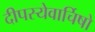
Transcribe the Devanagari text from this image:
दीपस्येवार्चिषो